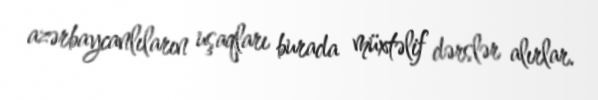
azərbaycanlıların uşaqları burada müxtəlif dərslər alırlar.